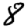
Digit: 8